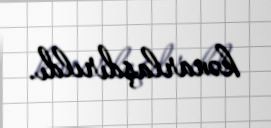
kənarlaşdırıldı.